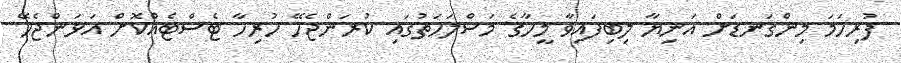
ފުރިހަމަ މިންގަނޑަށް އަނިޔާ ލިބިފައިވާ މީހާގެ މަސްލަހަތުގައި ކުރަންޖެހޭ ހުރިހާ ޓެސްޓެއްކޮށް އަޅަންޖެހޭ